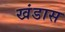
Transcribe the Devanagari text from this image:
खंडास